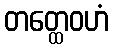
တတ္ထေဝဟံ